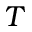
T